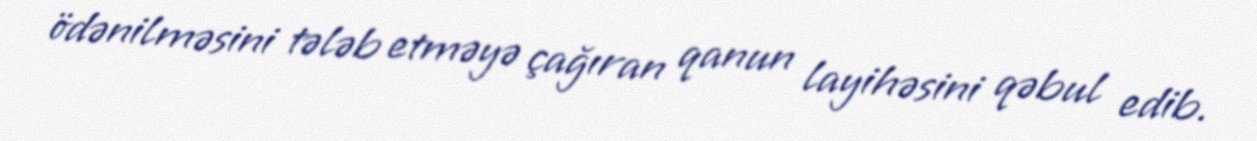
ödənilməsini tələb etməyə çağıran qanun layihəsini qəbul edib.